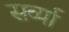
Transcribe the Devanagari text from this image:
सर्व्या